Vaccine operations Central Provinces & Berar 1922-1929 - 1922-1929
Year: 1922
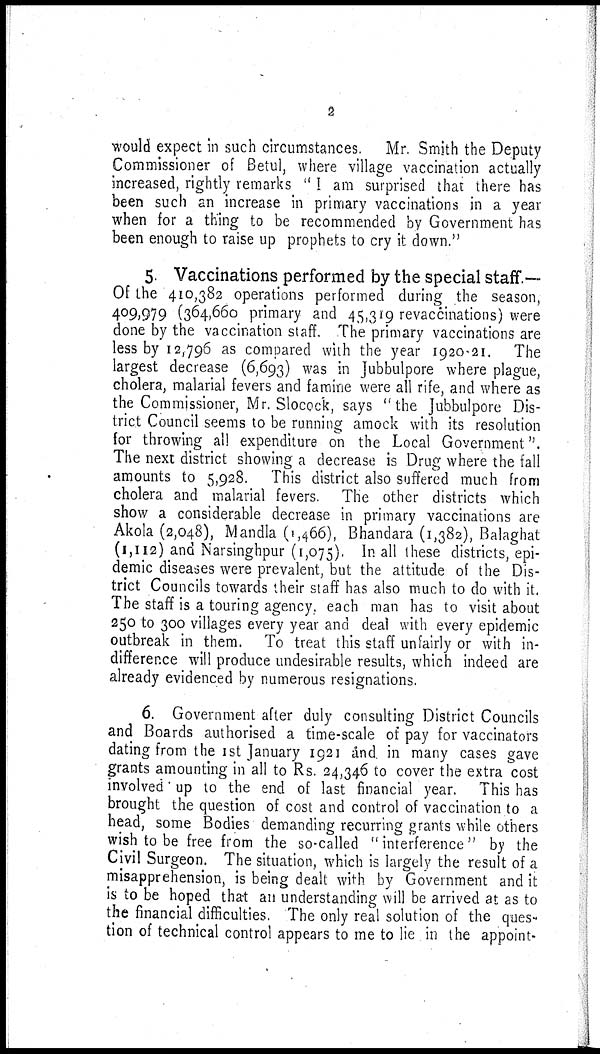
2
would expect in such circumstances. Mr. Smith the Deputy
Commissioner of Betul, where village vaccination actually
increased, rightly remarks " I am surprised that there has
been such an increase in primary vaccinations in a year
when for a thing to be recommended by Government has
been enough to raise up prophets to cry it down."
5. Vaccinations performed by the special staff.—
Of the 410,382 operations performed during the season,
409,979 (364,660 primary and 45,319 revaccinations) were
done by the vaccination staff. The primary vaccinations are
less by 12,796 as compared with the year 1920-21. The
largest decrease (6,693) was in Jubbulpore where plague,
cholera, malarial fevers and famine were all rife, and where as
the Commissioner, Mr. Slocock, says "the Jubbulpore Dis-
trict Council seems to be running amock with its resolution
for throwing all expenditure on the Local Government".
The next district showing a decrease is Drug where the fall
amounts to 5,928. This district also suffered much from
cholera and malarial fevers. The other districts which
show a considerable decrease in primary vaccinations are
Akola (2,048), Mandla (1,466), Bhandara (1,382), Balaghat
(1,112) and Narsinghpur (1,075). In all these districts, epi-
demic diseases were prevalent, but the attitude of the Dis-
trict Councils towards their staff has also much to do with it,
The staff is a touring agency. each man has to visit about
250 to 300 villages every year and deal with every epidemic
outbreak in them. To treat this staff unfairly or with in-
difference will produce undesirable results, which indeed are
already evidenced by numerous resignations.
6. Government after duly consulting District Councils
and Boards authorised a time-scale of pay for vaccinators
dating from the 1st January 1921 and in many cases gave
grants amounting in all to Rs. 24,346 to cover the extra cost
involved' up to the end of last financial year. This has
brought the question of cost and control of vaccination to a
head, some Bodies demanding recurring grants while others
wish to be free from the so-called " interference" by the
Civil Surgeon. The situation, which is largely the result of a
misapprehension, is being dealt with by Government and it
is to be hoped that an understanding will be arrived at as to
the financial difficulties. The only real solution of the ques-
tion of technical control appears to me to lie in the appoint-